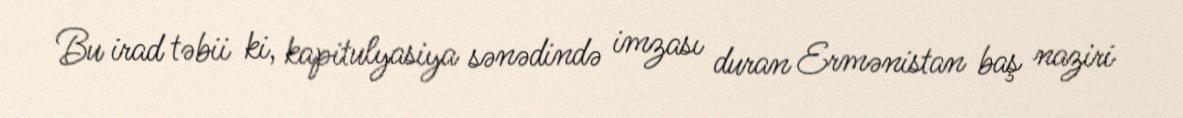
Bu irad təbii ki, kapitulyasiya sənədində imzası duran Ermənistan baş naziri